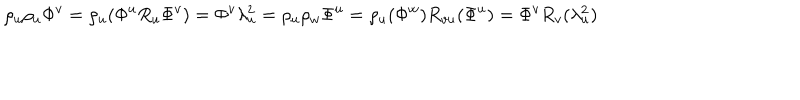
LaTeX: \rho _ { u } \rho _ { u } \Phi ^ { v } = \rho _ { u } ( \Phi ^ { u } R _ { u } \Phi ^ { v } ) = \Phi ^ { v } \lambda _ { u } ^ { 2 } = \rho _ { u } \rho _ { w } \Phi ^ { u } = \rho _ { u } ( \Phi ^ { w } ) R _ { v u } ( \Phi ^ { u } ) = \Phi ^ { v } R _ { v } ( \lambda _ { u } ^ { 2 } )